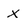
Character: X